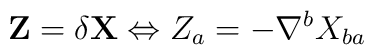
\mathbf{Z}=\delta\mathbf{X} \Leftrightarrow Z_{a} = - \nabla^{b} X_{ba}